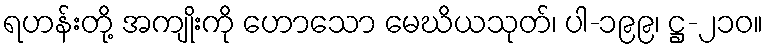
ရဟန်းတို့ အကျိုးကို ဟောသော မေဃိယသုတ်၊ ပါ-၁၉၉၊ ဋ္ဌ-၂၁၀။